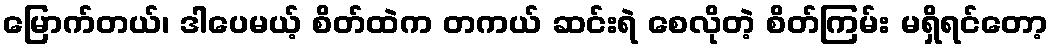
မြောက်တယ်၊ ဒါပေမယ့် စိတ်ထဲက တကယ် ဆင်းရဲ စေလိုတဲ့ စိတ်ကြမ်း မရှိရင်တော့